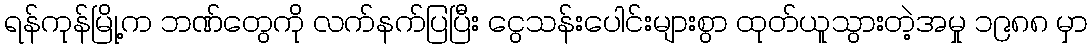
ရန်ကုန်မြို့က ဘဏ်တွေကို လက်နက်ပြပြီး ငွေသန်းပေါင်းများစွာ ထုတ်ယူသွားတဲ့အမှု ၁၉၈၈ မှာ